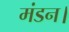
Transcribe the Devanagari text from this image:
मंडन।